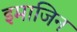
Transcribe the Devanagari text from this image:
इमाजिन